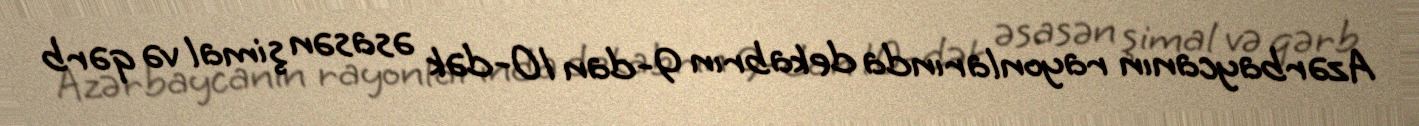
Azərbaycanın rayonlarında dekabrın 9-dan 10-dək əsasən şimal və qərb